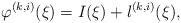
LaTeX: \begin{align*}\varphi^{(k,i)}(\xi)=I(\xi)+l^{(k,i)}(\xi),\end{align*}